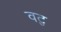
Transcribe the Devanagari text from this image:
वटु